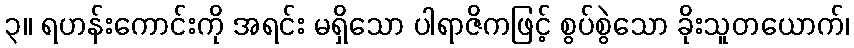
၃။ ရဟန်းကောင်းကို အရင်း မရှိသော ပါရာဇိကဖြင့် စွပ်စွဲသော ခိုးသူတယောက်၊